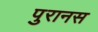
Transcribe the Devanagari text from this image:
पुरानस